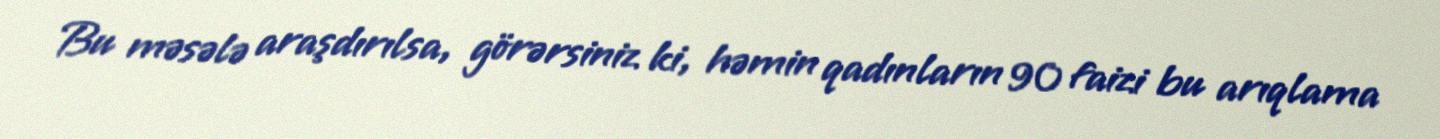
Bu məsələ araşdırılsa, görərsiniz ki, həmin qadınların 90 faizi bu arıqlama